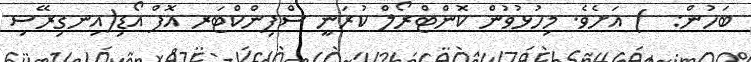
ބަހުން:  ) އަށެވެ. މިހުޅުވުން ކޮންޓްރޯލް ކުރަނީ ސްފިންކްޓަރ އޮފް އޯޑި(އިނގިރޭސި